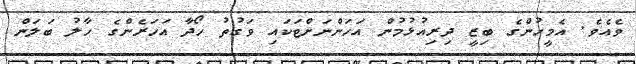
ވެއެވެ. އެމީހުންގެ ބިޒީ ދިރިއުޅުމުން އަހަންނަށްޓަކައި ވަގުތު ހޯދާ އަހަރެންގެ ހާލު ބަލަން